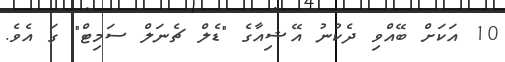
10 އަކަށް ބޭއްވި ދެކުނު އޭޝިއާގެ "ޑެލް ޗެނަލް ސަމިޓް" ގަ އެވެ.